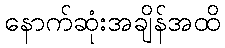
နောက်ဆုံးအချိန်အထိ